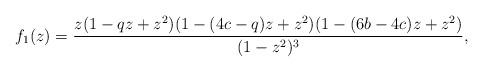
LaTeX: \begin{align*}f_1(z)= \frac{z(1-qz+z^2)(1-(4c-q)z+z^2)(1-(6b-4c)z+z^2)}{(1-z^2)^3},\end{align*}